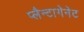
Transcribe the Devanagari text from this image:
प्लैन्टागेनेट